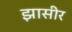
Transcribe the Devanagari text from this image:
झासीर